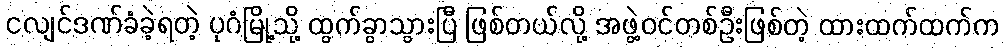
ငလျင်ဒဏ်ခံခဲ့ရတဲ့ ပုဂံမြို့သို့ ထွက်ခွာသွားပြီ ဖြစ်တယ်လို့ အဖွဲ့ဝင်တစ်ဦးဖြစ်တဲ့ ထားထက်ထက်က